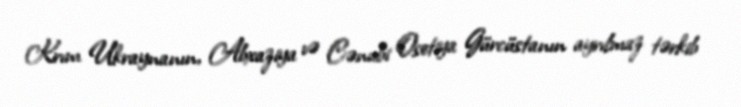
Krım Ukraynanın, Abxaziya və Cənubi Osetiya Gürcüstanın ayrılmaz tərkib